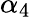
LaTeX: \alpha_{4}